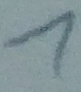
Text: 1